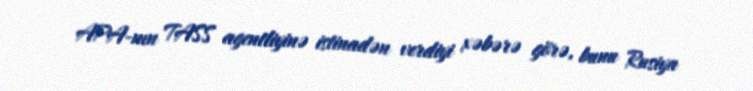
APA-nın TASS agentliyinə istinadən verdiyi xəbərə görə, bunu Rusiya